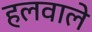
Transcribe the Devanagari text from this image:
हलवाले